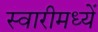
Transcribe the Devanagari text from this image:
स्वारीमध्यें